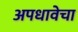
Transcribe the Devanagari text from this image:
अपधावेचा